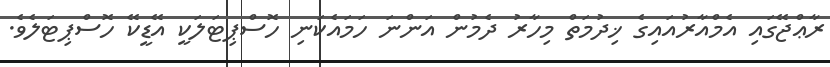
ރާޢްޖޭގައި އެމްއާރުއައިގެ ޚިދުމަތް މިހާރު ދެމުން އަންނަ ހަމައެކަނި ހޮސްޕިޓަލަކީ އޭޑީކޭ ހޮސްޕިޓަލެވެ.